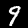
Digit: 9